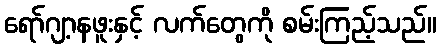
ရော်ဂျာ့နဖူးနှင့် လက်တွေကို စမ်းကြည့်သည်။